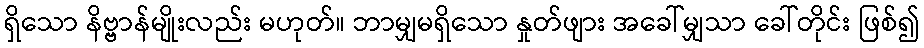
ရှိသော နိဗ္ဗာန်မျိုးလည်း မဟုတ်။ ဘာမျှမရှိသော နှုတ်ဖျား အခေါ်မျှသာ ခေါ်တိုင်း ဖြစ်၍